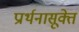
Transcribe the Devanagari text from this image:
प्रार्थनासूक्ते